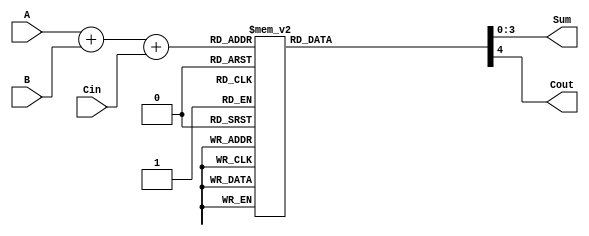
module BCD_LUT_Adder (
    input  [3:0] A,      // First BCD digit
    input  [3:0] B,      // Second BCD digit
    input        Cin,     // Carry-in
    output reg [3:0] Sum, // BCD Sum output
    output reg Cout       // Carry-out
);

    reg [4:0] S; // 5-bit to hold the sum (A + B + Cin)
    
    always @(*) begin
        // Calculate the initial binary sum
        S = A + B + Cin;
        
        // Look-Up Table Logic for BCD Correction
        case (S)
            5'b00000: begin Sum = 4'b0000; Cout = 1'b0; end // 0
            5'b00001: begin Sum = 4'b0001; Cout = 1'b0; end // 1
            5'b00010: begin Sum = 4'b0010; Cout = 1'b0; end // 2
            5'b00011: begin Sum = 4'b0011; Cout = 1'b0; end // 3
            5'b00100: begin Sum = 4'b0100; Cout = 1'b0; end // 4
            5'b00101: begin Sum = 4'b0101; Cout = 1'b0; end // 5
            5'b00110: begin Sum = 4'b0110; Cout = 1'b0; end // 6
            5'b00111: begin Sum = 4'b0111; Cout = 1'b0; end // 7
            5'b01000: begin Sum = 4'b1000; Cout = 1'b0; end // 8
            5'b01001: begin Sum = 4'b1001; Cout = 1'b0; end // 9
            5'b01010: begin Sum = 4'b0000; Cout = 1'b1; end // 10 (needs correction +6)
            5'b01011: begin Sum = 4'b0001; Cout = 1'b1; end // 11 (needs correction +6)
            5'b01100: begin Sum = 4'b0010; Cout = 1'b1; end // 12 (needs correction +6)
            5'b01101: begin Sum = 4'b0011; Cout = 1'b1; end // 13 (needs correction +6)
            5'b01110: begin Sum = 4'b0100; Cout = 1'b1; end // 14 (needs correction +6)
            5'b01111: begin Sum = 4'b0101; Cout = 1'b1; end // 15 (needs correction +6)
            5'b10000: begin Sum = 4'b0110; Cout = 1'b1; end // 16 (needs correction +6)
            5'b10001: begin Sum = 4'b0111; Cout = 1'b1; end // 17 (needs correction +6)
            5'b10010: begin Sum = 4'b1000; Cout = 1'b1; end // 18 (needs correction +6)
            5'b10011: begin Sum = 4'b1001; Cout = 1'b1; end // 19 (needs correction +6)
            default: begin Sum = 4'b0000; Cout = 1'b1; end // Default case for overflow
        endcase
    end
    
endmodule